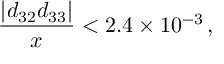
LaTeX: \frac { | d _ { 3 2 } d _ { 3 3 } | } { x } < 2 . 4 \times 1 0 ^ { - 3 } \, ,